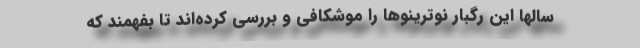
سالها این رگبار نوترینوها را موشکافی و بررسی کرده‌اند تا بفهمند که